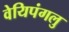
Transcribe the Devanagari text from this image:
वेयिपंगलु